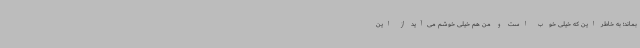
بماند؛ به خاطر این که خیلی خوب است و من هم خیلی خوشم می‌آید از این